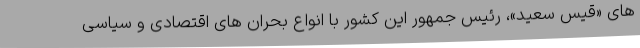
های «قیس سعید»، رئیس جمهور این کشور با انواع بحران های اقتصادی و سیاسی